Indian journal of veterinary science and animal husbandry - Volume 6,
Year: 1936
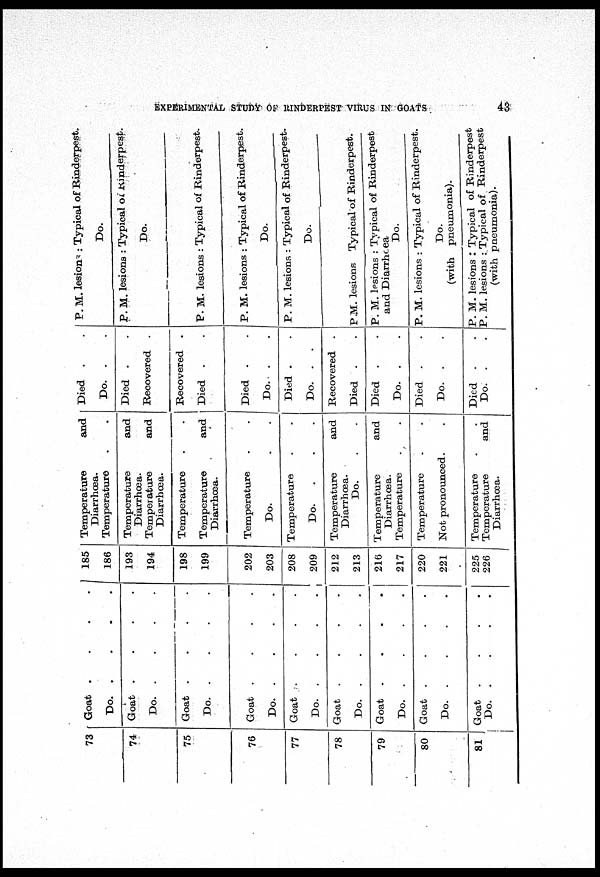
EXPERIMENTAL STUDY OF RINDERPEST VIRUS IN GOATS
43
73
74
75
76
77
78
79
80
81
Goat
.
.
.
.
Do.
.
.
.
.
Goat
.
.
.
.
Do.
.
.
.
.
Goat
.
.
.
.
Do.
.
.
.
.
Goat
.
.
.
.
Do.
.
.
.
.
Goat
.
.
.
.
Do.
.
.
.
.
Goat
.
.
.
.
Do.
.
.
.
.
Goat
.
.
.
.
Do.
.
.
.
.
Goat
.
.
.
.
Do.
.
.
.
.
Goat
.
.
.
.
Do.
.
.
.
.
185
186
193
194
198
199
202
203
208
209
212
213
216
217
220
221
225
226
Temperature and
Diarrhœa.
Temperature
.
.
Temperature and
Diarrhœa.
Temperature and
Diarrhœa.
Temperature
.
.
Temperature and
Diarrhœa.
Temperature
.
.
Do.
.
.
Temperature
.
.
Do.
.
.
.
Temperature and
Diarrhœa.
Do. . .
Temperature and
Diarrhœa.
Temperature
.
.
Temperature
.
.
Not pronounced.
.
Temperature . .
Temperature and
Diarrhœa.
Died . .
Do. . .
Died . .
Recovered .
Recovered .
Died . .
Died . .
Do. . .
Died . .
Do. . .
Recovered .
Died . .
Died . .
Do. . .
Died . .
Do. . .
Died . .
Do. . .
P. M. lesions : Typical of Rinderpest.
Do.
P. M. lesions : Typical of rinderpest.
Do.
P. M. lesions : Typical of Rinderpest.
P. M. lesions : Typical of Rinderpest.
Do.
P. M. lesions : Typical of Rinderpest.
Do.
P. M. lesions : Typical of Rinderpest.
P. M. lesions : Typical of Rinderpest
and Diarrhœa
Do.
P. M. lesions : Typical of Rinderpest.
Do.
(with pneumonia).
P. M. lesions : Typical of Rinderpest.
P. M. lesions : Typical of Rinderpest
(with pneumonia).